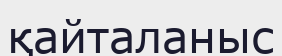
қайталаныс